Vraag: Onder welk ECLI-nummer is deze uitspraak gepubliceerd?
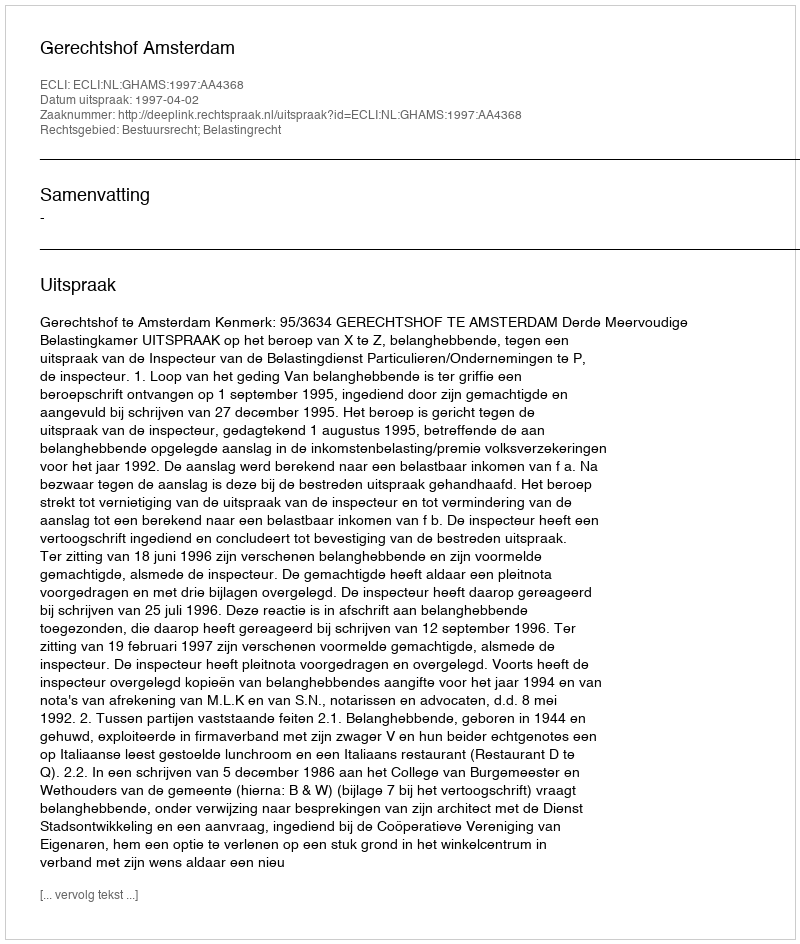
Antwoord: ECLI:NL:GHAMS:1997:AA4368